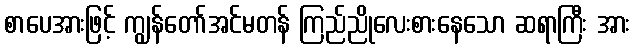
စာပေအားဖြင့် ကျွန်တော်အင်မတန် ကြည်ညိုလေးစားနေသော ဆရာကြီး အား